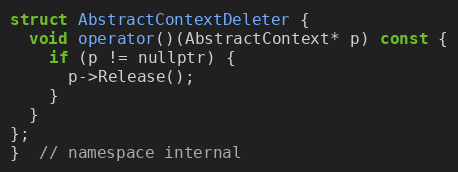
Language: C
struct AbstractContextDeleter {
  void operator()(AbstractContext* p) const {
    if (p != nullptr) {
      p->Release();
    }
  }
};
}  // namespace internal